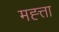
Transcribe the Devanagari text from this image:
मह्त्ता